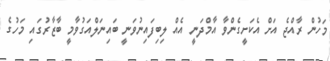
މަހުން ރާއްޖެ އަށް އެކަށީގެންވާ އާމްދަނީ އެއް ލިބިފައިނުވަނީ ބައިނަލްއަގުވާމީ ބާޒާރުގައި މަހުގެ